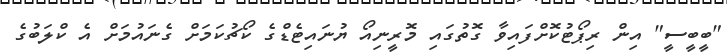
"ބީބީސީ" އިން ރިޕޯޓުކޮށްފައިވާ ގޮތުގައި މޮރީނިއޯ ޔުނައިޓެޑްގެ ކޯޗުކަމަށް ގެނައުމަށް އެ ކްލަބުގެ